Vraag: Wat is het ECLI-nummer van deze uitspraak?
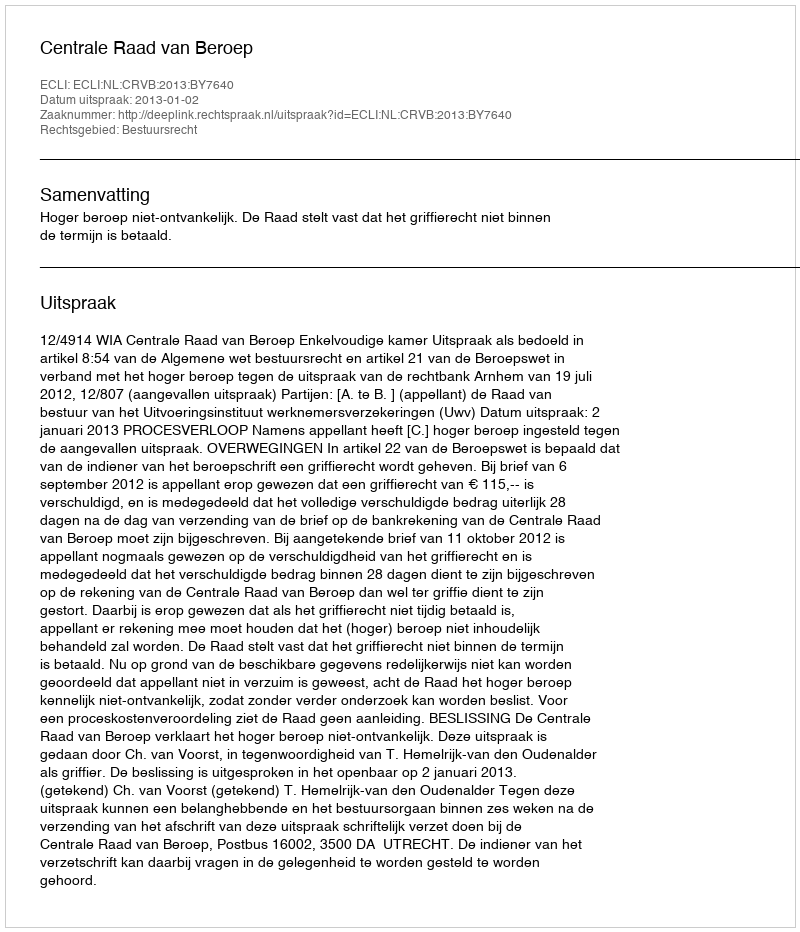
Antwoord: ECLI:NL:CRVB:2013:BY7640